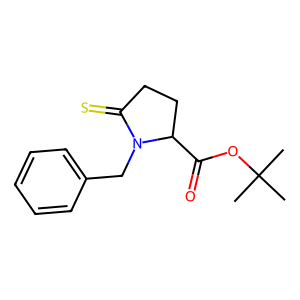
SMILES: CC(C)(C)OC(=O)C1CCC(=S)N1Cc1ccccc1
Inhibits HIV replication: No